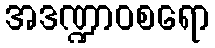
အဒဏ္ဍာဝစရော